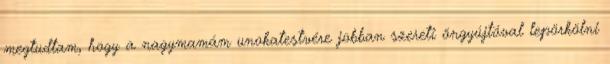
megtudtam, hogy a nagymamám unokatestvére jobban szereti öngyújtóval lepörkölni